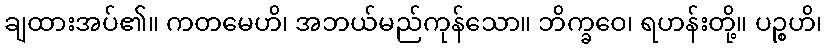
ချထားအပ်၏။ ကတမေဟိ၊ အဘယ်မည်ကုန်သော။ ဘိက္ခဝေ၊ ရဟန်းတို့။ ပဉ္စဟိ၊